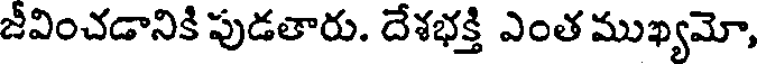
జీవించడానికి పుడతారు. దేశభక్తి ఎంత ముఖ్యమో,